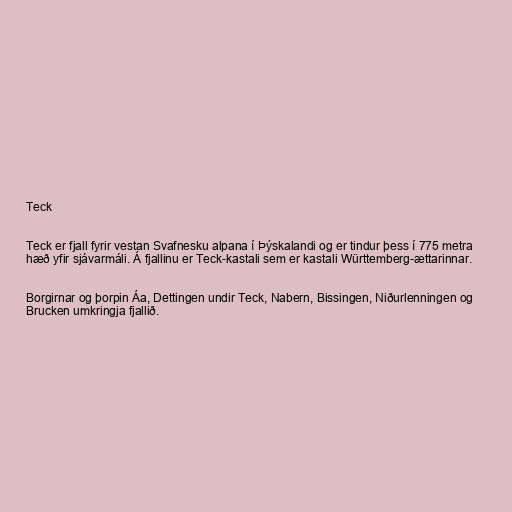
Teck

Teck er fjall fyrir vestan Svafnesku alpana í Þýskalandi og er tindur þess í 775 metra
hæð yfir sjávarmáli. Á fjallinu er Teck-kastali sem er kastali Württemberg-ættarinnar.

Borgirnar og þorpin Áa, Dettingen undir Teck, Nabern, Bissingen, Niðurlenningen og
Brucken umkringja fjallið.